Source: Handwritten
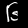
Digit: ၆ (6)